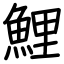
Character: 鯉